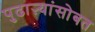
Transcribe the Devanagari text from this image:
पुढाऱ्यांसोबत